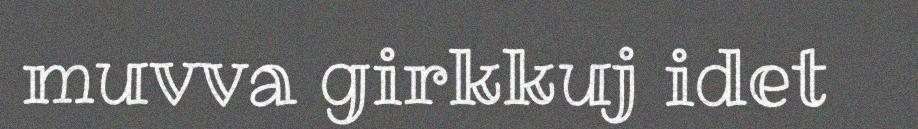
muvva girkkuj idet